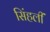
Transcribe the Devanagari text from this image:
सिंहलीं